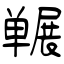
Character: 冁